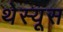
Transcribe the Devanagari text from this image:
थेस्यूस